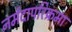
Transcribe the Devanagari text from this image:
नर्मदापरिक्रमा